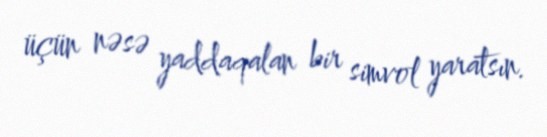
üçün nəsə yaddaqalan bir simvol yaratsın.